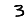
Digit: 3